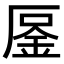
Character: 𠪒